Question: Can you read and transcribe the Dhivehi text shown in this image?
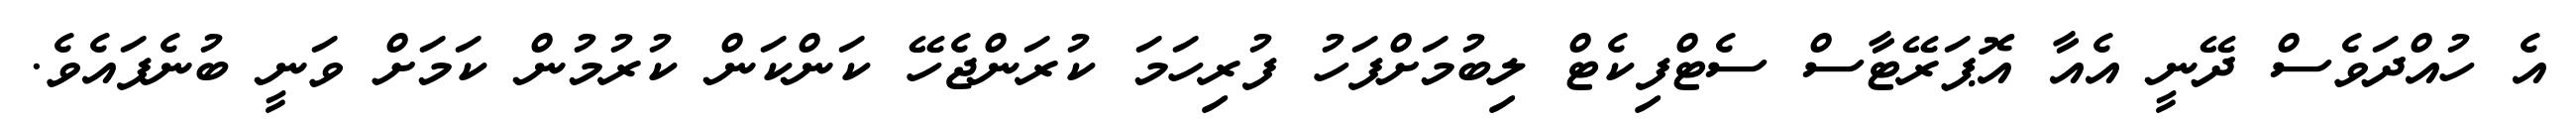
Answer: އެ ހުއްދަވެސް ދޭނީ އެއާ އޮޕަރޭޓާސް ސެޓްފިކެޓް ލިބުމަށްފަހު ފުރިހަމަ ކުރަންޖެހޭ ކަންކަން ކުރުމުން ކަމަށް ވަނީ ބުނެފައެވެ.